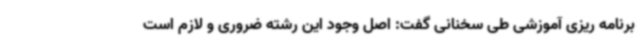
برنامه ریزی آموزشی طی سخنانی گفت: اصل وجود این رشته ضروری و لازم است